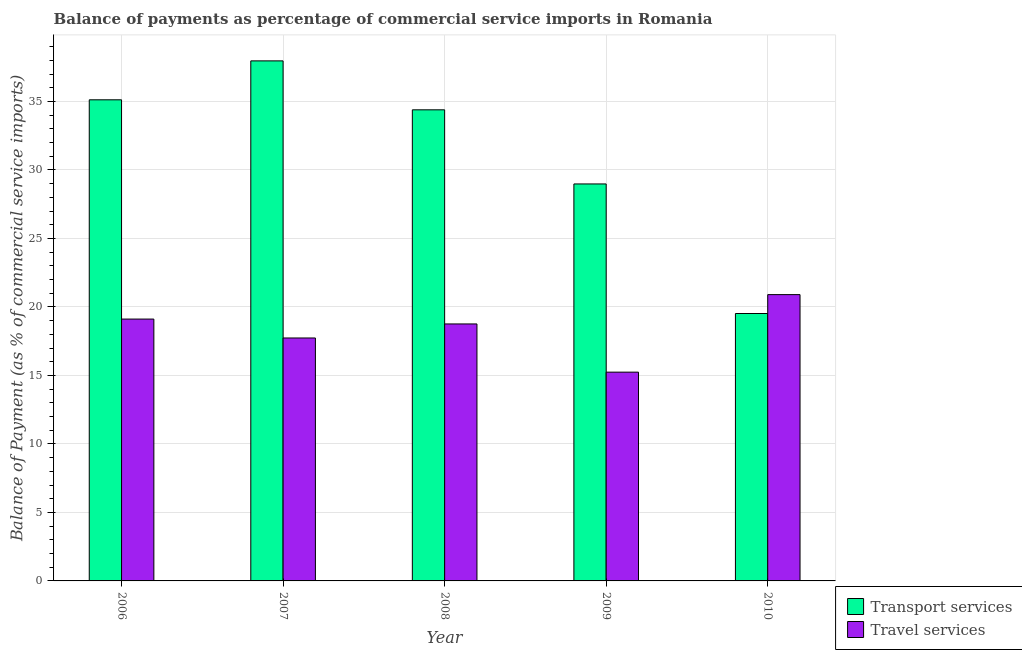
| Year | Transport services | Travel services |
 | --- | --- | --- |
 | 2006 | 35.1 | 19.1 |
 | 2007 | 38 | 17.7 |
 | 2008 | 34.4 | 18.8 |
 | 2009 | 29 | 15.2 |
 | 2010 | 19.5 | 20.9 |